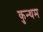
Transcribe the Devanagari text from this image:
कुन्थम